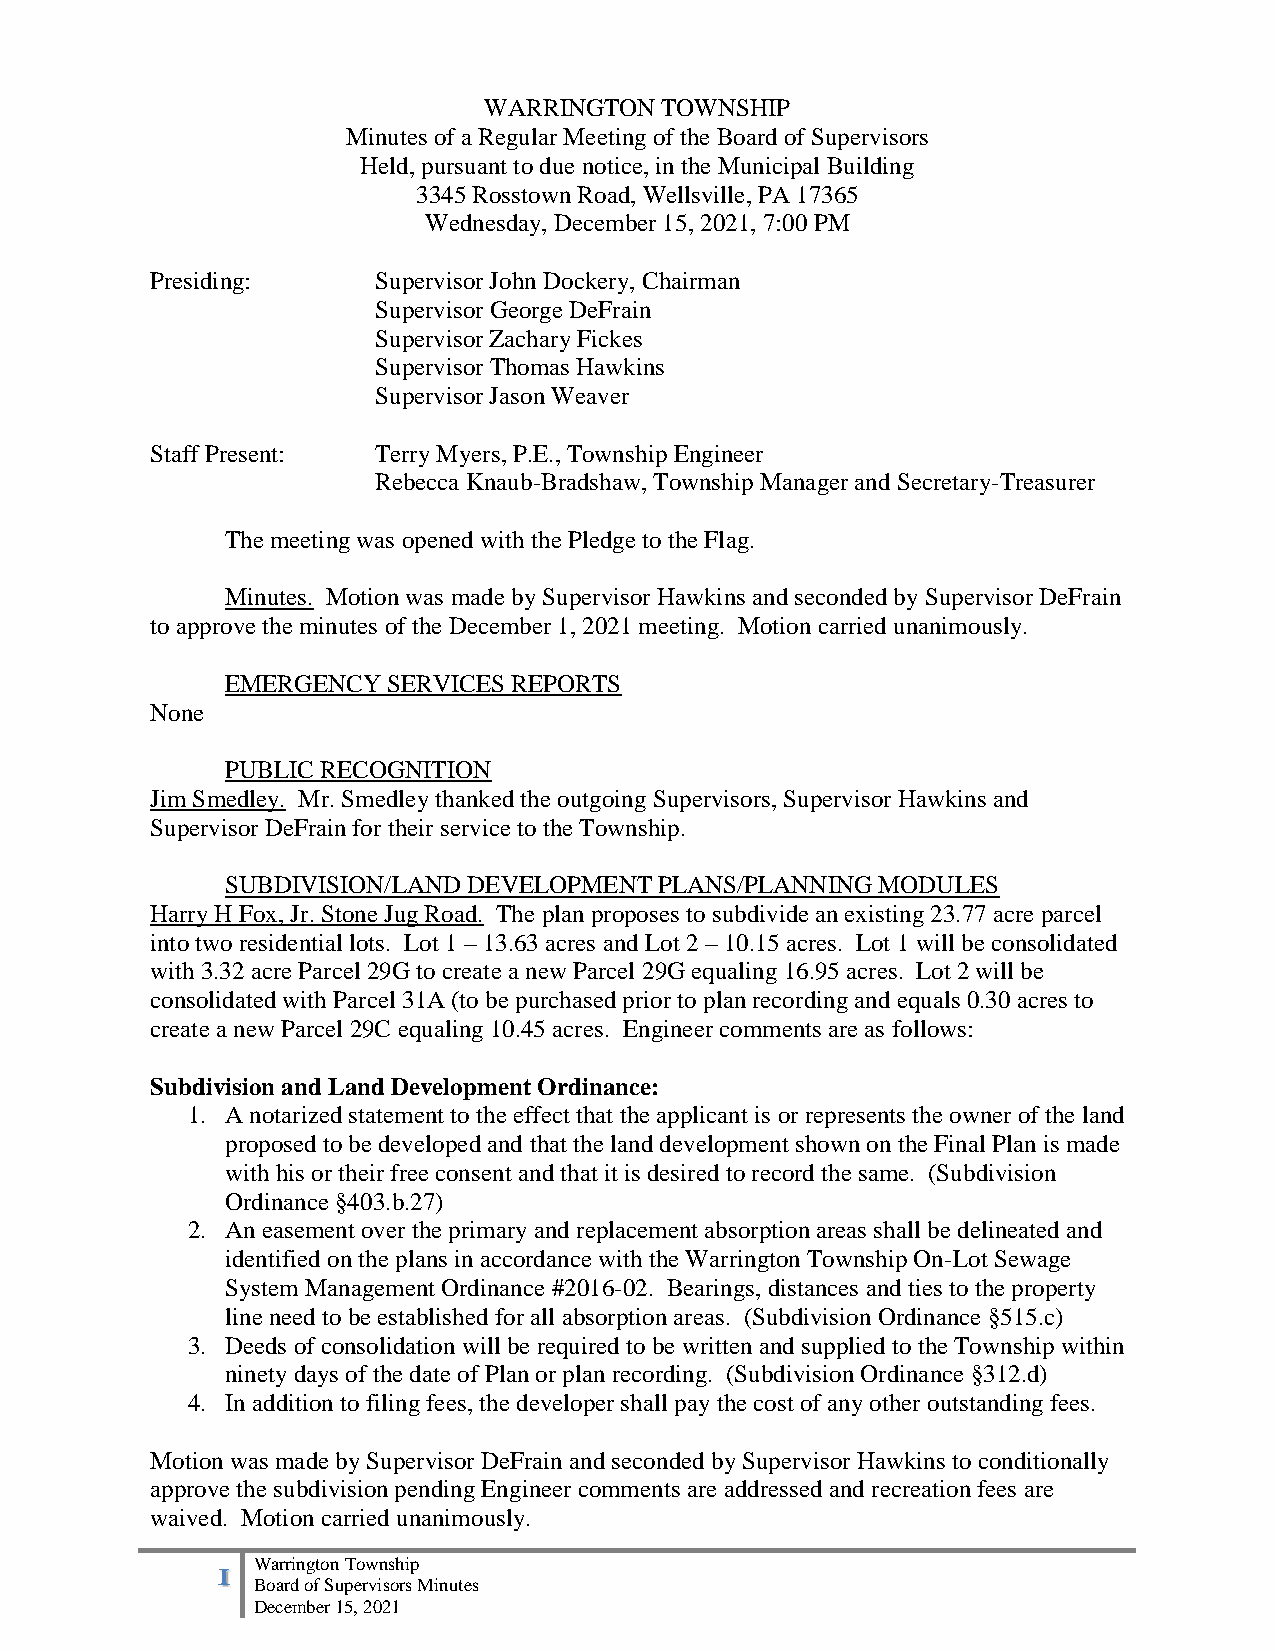
WARRINGTON  TOWNSHIP
 Minutes of a Regular Meeting of the Board of Supervisors
 Held, pursuant to due notice, in the Municipal Building
 3345 Rosstown Road, Wellsville, PA 17365
 Wednesday, December 15, 2021, 7:00 PM
 Presiding:     Supervisor John Dockery, Chairman
 Supervisor George DeFrain
 Supervisor Zachary Fickes
 Supervisor Thomas Hawkins
 Supervisor Jason Weaver
 Staff Present: Terry Myers, P.E., Township Engineer
 Rebecca Knaub-Bradshaw, Township Manager and Secretary-Treasurer
 The meeting was opened with the Pledge to the Flag.
 Minutes. Motion was made by Supervisor Hawkins and seconded by Supervisor DeFrain
 to approve the minutes of the December 1, 2021 meeting. Motion carried unanimously.
 EMERGENCY  SERVICES REPORTS
 None
 PUBLIC RECOGNITION
 Jim Smedley. Mr. Smedley thanked the outgoing Supervisors, Supervisor Hawkins and
 Supervisor DeFrain for their service to the Township.
 SUBDIVISION/LAND DEVELOPMENT PLANS/PLANNING MODULES
 Harry H Fox, Jr. Stone Jug Road. The plan proposes to subdivide an existing 23.77 acre parcel
 into two residential lots. Lot 1 – 13.63 acres and Lot 2 – 10.15 acres. Lot 1 will be consolidated
 with 3.32 acre Parcel 29G to create a new Parcel 29G equaling 16.95 acres. Lot 2 will be
 consolidated with Parcel 31A (to be purchased prior to plan recording and equals 0.30 acres to
 create a new Parcel 29C equaling 10.45 acres. Engineer comments are as follows:
 Subdivision and Land Development Ordinance:
 1. A notarized statement to the effect that the applicant is or represents the owner of the land
 proposed to be developed and that the land development shown on the Final Plan is made
 with his or their free consent and that it is desired to record the same. (Subdivision
 Ordinance §403.b.27)
 2. An easement over the primary and replacement absorption areas shall be delineated and
 identified on the plans in accordance with the Warrington Township On-Lot Sewage
 System Management Ordinance #2016-02. Bearings, distances and ties to the property
 line need to be established for all absorption areas. (Subdivision Ordinance §515.c)
 3. Deeds of consolidation will be required to be written and supplied to the Township within
 ninety days of the date of Plan or plan recording. (Subdivision Ordinance §312.d)
 4. In addition to filing fees, the developer shall pay the cost of any other outstanding fees.
 Motion was made by Supervisor DeFrain and seconded by Supervisor Hawkins to conditionally
 approve the subdivision pending Engineer comments are addressed and recreation fees are
 waived. Motion carried unanimously.
 1  Warrington Township
 Board of Supervisors Minutes
 December 15, 2021